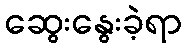
ဆွေးနွေးခဲ့ရာ